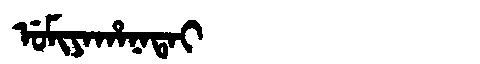
Manchu: ᡠᠮᡳᠶᠠᡥᠠᠨᠠᡨᠠᡳ
Romanization: UMIYAHANATAI